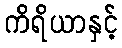
ကိရိယာနှင့်